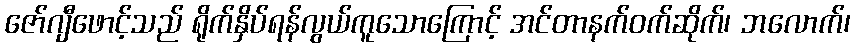
ဇော်ဂျီဖောင့်သည် ရိုက်နှိပ်ရန်လွယ်ကူသောကြောင့် အင်တာနက်ဝက်ဆိုက်၊ ဘလောက်၊